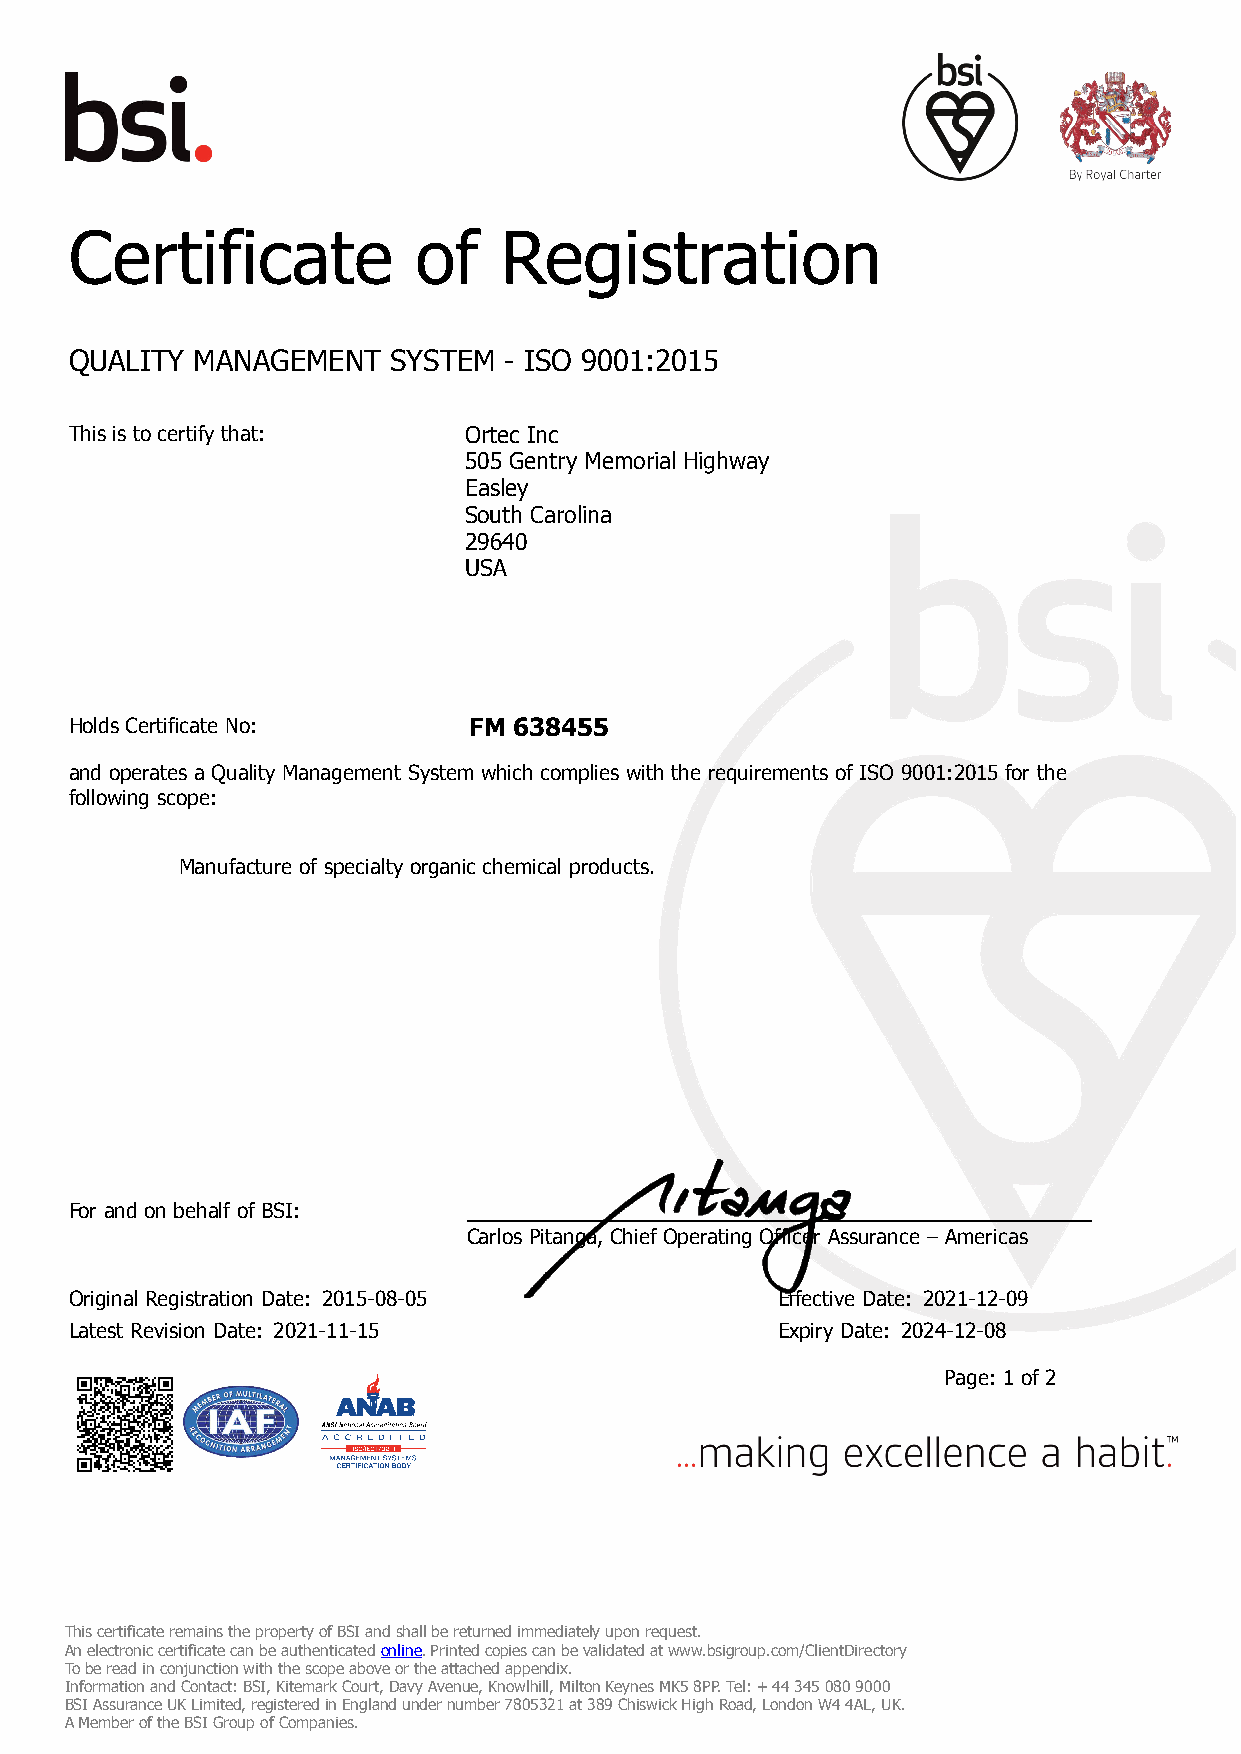
Certificate           of    Registration
 QUALITY MANAGEMENT   SYSTEM - ISO 9001:2015
 This is to certify that:  Ortec Inc
 505 Gentry Memorial Highway
 Easley
 South Carolina
 29640
 USA
 Holds Certificate No:     FM 638455
 and operates a Quality Management System which complies with the requirements of ISO 9001:2015 for the
 following scope:
 Manufacture of specialty organic chemical products.
 For and on behalf of BSI:
 Carlos Pitanga, Chief Operating Officer Assurance – Americas
 Original Registration Date: 2015-08-05        Effective Date: 2021-12-09
 Latest Revision Date: 2021-11-15              Expiry Date: 2024-12-08
 Page: 1 of 2
 This certificate remains the property of BSI and shall be returned immediately upon request.
 An electronic certificate can be authenticated online. Printed copies can be validated at www.bsigroup.com/ClientDirectory
 To be read in conjunction with the scope above or the attached appendix.
 Information and Contact: BSI, Kitemark Court, Davy Avenue, Knowlhill, Milton Keynes MK5 8PP. Tel: + 44 345 080 9000
 BSI Assurance UK Limited, registered in England under number 7805321 at 389 Chiswick High Road, London W4 4AL, UK.
 A Member of the BSI Group of Companies.